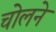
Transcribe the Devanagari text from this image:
चोलने